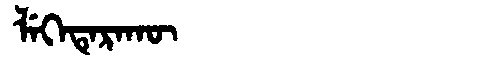
Manchu: ᠯᡝᡴᡝᡨᡝᡵᠠᡴᡡ
Romanization: LEKETERAKŪ